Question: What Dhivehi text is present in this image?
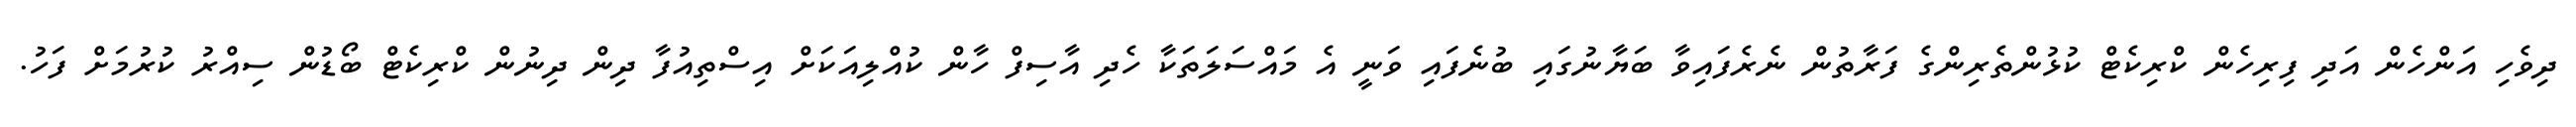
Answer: ދިވެހި އަންހެން އަދި ފިރިހެން ކްރިކެޓް ކުޅުންތެރިންގެ ފަރާތުން ނެރެފައިވާ ބަޔާނުގައި ބުނެފައި ވަނީ އެ މައްސަލަތަކާ ހެދި އާސިފް ހާން ކުއްލިއަކަށް އިސްތިއުފާ ދިން ދިނުން ކްރިކެޓް ބޯޑުން ސިއްރު ކުރުމަށް ފަހު.